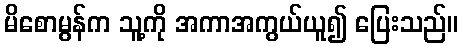
မိစောမွန်က သူ့ကို အကာအကွယ်ယူ၍ ပြေးသည်။